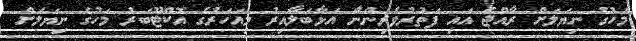
މަހުގެ ނިޔަލަށް ރާއްޖެ އައި ފަތުރުވެރިންނާ އަޅާބަލާއިރު މިއަހަރުގެ އޮކްޓޫބަރު މަހުގެ ނިޔަލަށް